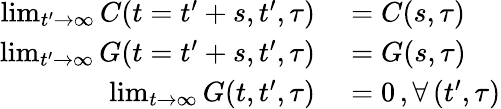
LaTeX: \begin{array}{rl}{\operatorname*{lim}_{t^{\prime}\rightarrow\infty}C(t=t^{\prime}+s,t^{\prime},\tau)}&{{}=C(s,\tau)}\\ {\operatorname*{lim}_{t^{\prime}\rightarrow\infty}G(t=t^{\prime}+s,t^{\prime},\tau)}&{{}=G(s,\tau)}\\ {\operatorname*{lim}_{t\rightarrow\infty}G(t,t^{\prime},\tau)}&{{}=0\, ,\forall\, (t^{\prime},\tau)}\end{array}